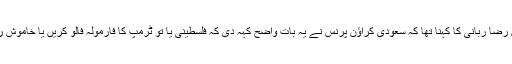
میاں رضا ربانی کا کہنا تھا کہ سعودی کراؤن پرنس نے یہ بات واضح کہہ دی کہ فلسطینی یا تو ٹرمپ کا فارمولہ فالو کریں یا خاموش رہیں۔